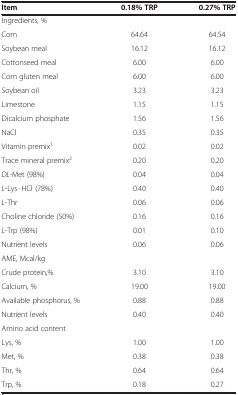
<table><thead><tr><td><b>Item</b></td><td><b>0.18% TRP</b></td><td><b>0.27% TRP</b></td></tr></thead><tbody><tr><td>Ingredients, %</td><td> </td><td> </td></tr><tr><td>Corn</td><td>64.64</td><td>64.54</td></tr><tr><td>Soybean meal</td><td>16.12</td><td>16.12</td></tr><tr><td>Cottonseed meal</td><td>6.00</td><td>6.00</td></tr><tr><td>Corn gluten meal</td><td>6.00</td><td>6.00</td></tr><tr><td>Soybean oil</td><td>3.23</td><td>3.23</td></tr><tr><td>Limestone</td><td>1.15</td><td>1.15</td></tr><tr><td>Dicalcium phosphate</td><td>1.56</td><td>1.56</td></tr><tr><td>NaCl</td><td>0.35</td><td>0.35</td></tr><tr><td>Vitamin premix<sup>1</sup></td><td>0.02</td><td>0.02</td></tr><tr><td>Trace mineral premix<sup>2</sup></td><td>0.20</td><td>0.20</td></tr><tr><td><i>DL</i>-Met (98%)</td><td>0.04</td><td>0.04</td></tr><tr><td><i>L</i>-Lys · HCl (78%)</td><td>0.40</td><td>0.40</td></tr><tr><td><i>L</i>-Thr</td><td>0.06</td><td>0.06</td></tr><tr><td>Choline chloride (50%)</td><td>0.16</td><td>0.16</td></tr><tr><td><i>L</i>-Trp (98%)</td><td>0.01</td><td>0.10</td></tr><tr><td>Nutrient levels</td><td>0.06</td><td>0.06</td></tr><tr><td>AME, Mcal/kg</td><td> </td><td> </td></tr><tr><td>Crude protein,%</td><td>3.10</td><td>3.10</td></tr><tr><td>Calcium, %</td><td>19.00</td><td>19.00</td></tr><tr><td>Available phosphorus, %</td><td>0.88</td><td>0.88</td></tr><tr><td>Nutrient levels</td><td>0.40</td><td>0.40</td></tr><tr><td>Amino acid content</td><td> </td><td> </td></tr><tr><td>Lys, %</td><td>1.00</td><td>1.00</td></tr><tr><td>Met, %</td><td>0.38</td><td>0.38</td></tr><tr><td>Thr, %</td><td>0.64</td><td>0.64</td></tr><tr><td>Trp, %</td><td>0.18</td><td>0.27</td></tr></tbody></table>